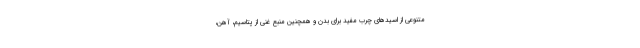
متنوعی از اسیدهای چرب مفید برای بدن و همچنین منبع غنی از پتاسیم، آهن،